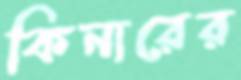
কিনারের